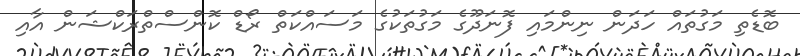
ބޮޑެތި މަގުތައް ހަދަން ނިންމައި ފޮނަދޫގެ މަގުތަކުގެ މަސައްކަތް ރޯޑް ކޮންސްތްރަކްޝަން އާއި